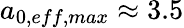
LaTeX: a_{0,eff,max}\approx 3.5